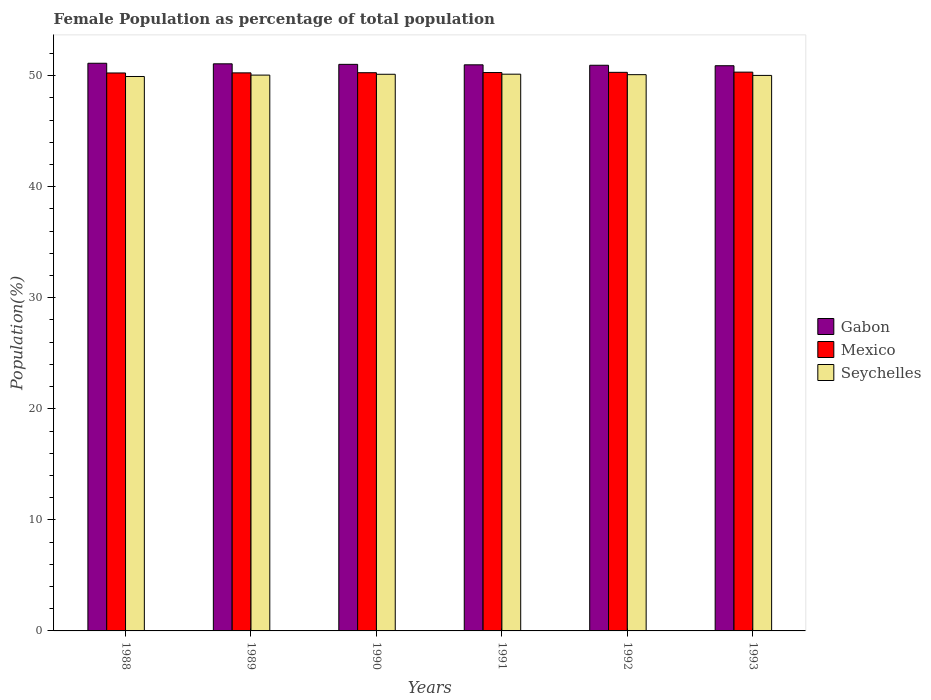
| Years | Gabon | Mexico | Seychelles |
 | --- | --- | --- | --- |
 | 1988 | 51.1 | 50.2 | 49.9 |
 | 1989 | 51.1 | 50.3 | 50.1 |
 | 1990 | 51 | 50.3 | 50.1 |
 | 1991 | 51 | 50.3 | 50.1 |
 | 1992 | 50.9 | 50.3 | 50.1 |
 | 1993 | 50.9 | 50.3 | 50 |